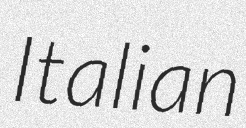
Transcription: Italian